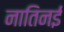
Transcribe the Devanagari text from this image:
नातिनई